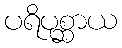
ပရိပုစ္ဆာယ